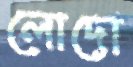
লোদো